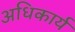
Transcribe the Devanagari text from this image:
अधिकार्य